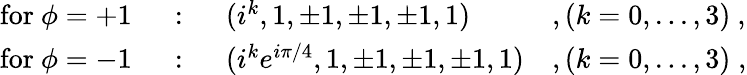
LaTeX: \begin{array}{llll}{{\mathrm{for~}\phi=+1}}&{{~:~}}&{{(i^{k},1,\pm 1,\pm 1,\pm 1,1)}}&{{,(k=0,...,3)~,}}\\ {{\mathrm{for~}\phi=-1}}&{{~:~}}&{{(i^{k}e^{i\pi/4},1,\pm 1,\pm 1,\pm 1,1)}}&{{,(k=0,...,3)\; ,}}\end{array}